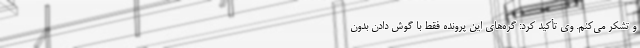
و تشکر می‌کنم. وی تأکید کرد: گره‌های این پرونده فقط با گوش دادن بدون